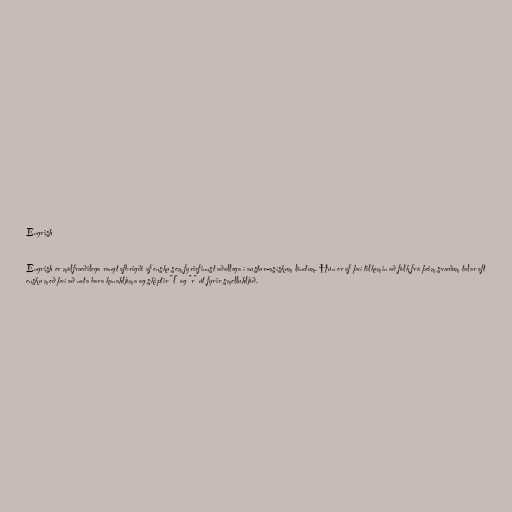
Engrish

Engrish er málfræðilega rangt afbrigði af ensku sem fyrirfinnst aðallega í austur-asískum löndum. Hún er af því tilkomin að fólk frá þeim svæðum talar oft
ensku með því að nota bara kanahljóma og skiptir "l" og "r" út fyrir smelluhljóð.